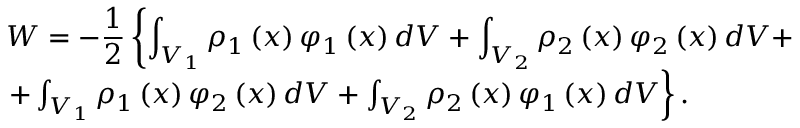
\begin{array} { l c l } { W = - \displaystyle \frac { 1 } { 2 } \left\lbrace \int _ { V _ { 1 } } \rho _ { 1 } \left( x \right) \varphi _ { 1 } \left( x \right) d V + \int _ { V _ { 2 } } \rho _ { 2 } \left( x \right) \varphi _ { 2 } \left( x \right) d V + \right. } \\ { \left. + \int _ { V _ { 1 } } \rho _ { 1 } \left( x \right) \varphi _ { 2 } \left( x \right) d V + \int _ { V _ { 2 } } \rho _ { 2 } \left( x \right) \varphi _ { 1 } \left( x \right) d V \right\rbrace . } \end{array}